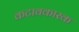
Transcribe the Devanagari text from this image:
कटावकारक